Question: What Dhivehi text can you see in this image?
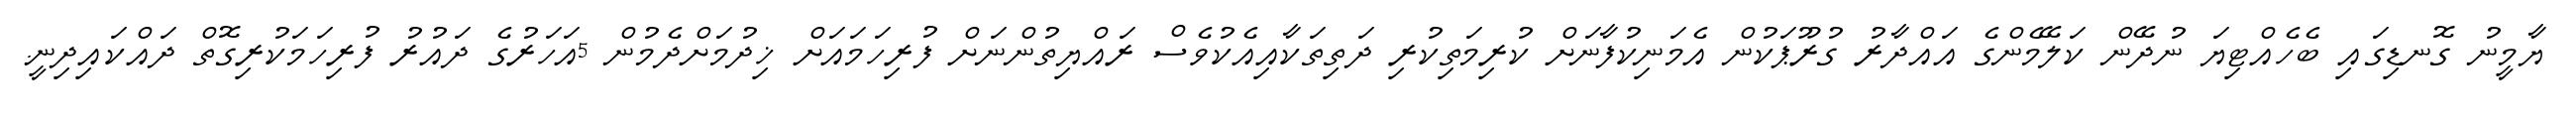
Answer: ޔާމީނު ގޮނޑިގައި ބެހެއްޓިޔަ ނުދޭން ކަލޭމެންގެ އައްދާރު ގުރޫޕަކުން އެމަނިކުފާނަށް ކުރިމަތިކުރި ދަތިތަކާއިއެކުވެސް ރައްޔިތުންނަށް ފުރިހަމައަށް ޚިދުމަށްދެމުން 5އަހަރުގެ ދައުރު ފުރިހަމަކުރިގޮތް ދައްކައިދިނީ.